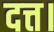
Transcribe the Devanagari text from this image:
दत्त।